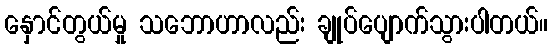
နှောင်တွယ်မှု သဘောဟာလည်း ချုပ်ပျောက်သွားပါတယ်။